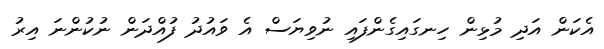
އެކަން އަދި މުޅިން ހިނގައިގެންފައި ނުވިޔަސް އެ ވައުދު ފުއްދަން ނުކުންނަ އިރު